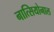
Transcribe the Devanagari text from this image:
नात्सियोनाल